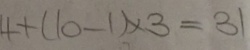
4 + ( 1 0 - 1 ) \times 3 = 3 1